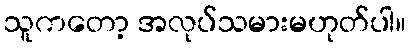
သူကတော့ အလုပ်သမားမဟုတ်ပါ။